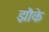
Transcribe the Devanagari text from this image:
झौके